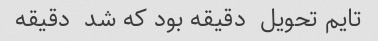
تایم تحویل  دقیقه بود که شد  دقیقه